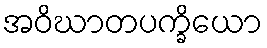
အဝိဃာတပက္ခိယော